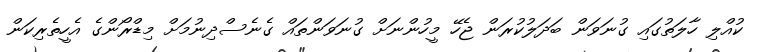
ކުއްލި ހާލަތުގައި ގުނަވަން ބަދަލުކުރަން ޖެހޭ މީހުންނަށް ގުނަވަންތައް ގެނެސްދިނުމަށް މިޑްރޯންގެ އެހީތެރިކަން